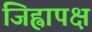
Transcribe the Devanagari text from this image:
जिह्वापक्ष